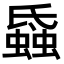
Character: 𧐏